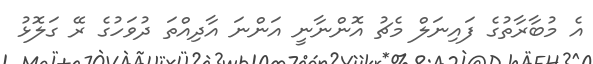
އެ މުބާރާތުގެ ފައިނަލް މެޗު އޮންނާނީ އަންނަ އާދިއްތަ ދުވަހުގެ ރޭ ގަލޮޅު